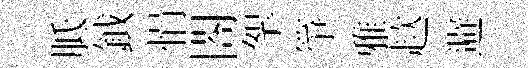
胝鉞悁閤挐箏雅趑避